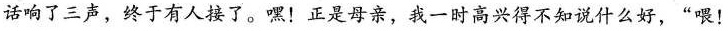
话响了三声，终于有人接了。嘿！正是母亲，我一时高兴得不知说什么好，”喂！